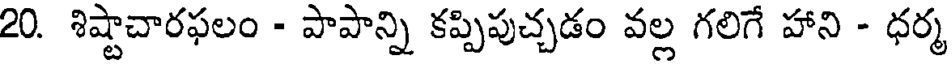
20. శిష్టాచారఫలం - పాపాన్ని కప్పిపుచ్చడం వల్ల గలిగే హాని - ధర్మ